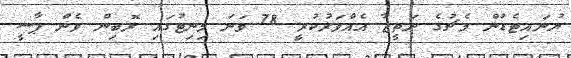
ޔުނައިޓެޑުން މެޗުގެ ނަތީޖާ އެއްވަރުކުރީ 78 ވަނަ މިނިޓުގައި ރޮބިން ވެން ޕާސީ